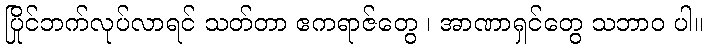
ပြိုင်ဘက်လုပ်လာရင် သတ်တာ ဧကရာဇ်တွေ ၊ အာဏာရှင်တွေ သဘာဝ ပါ။